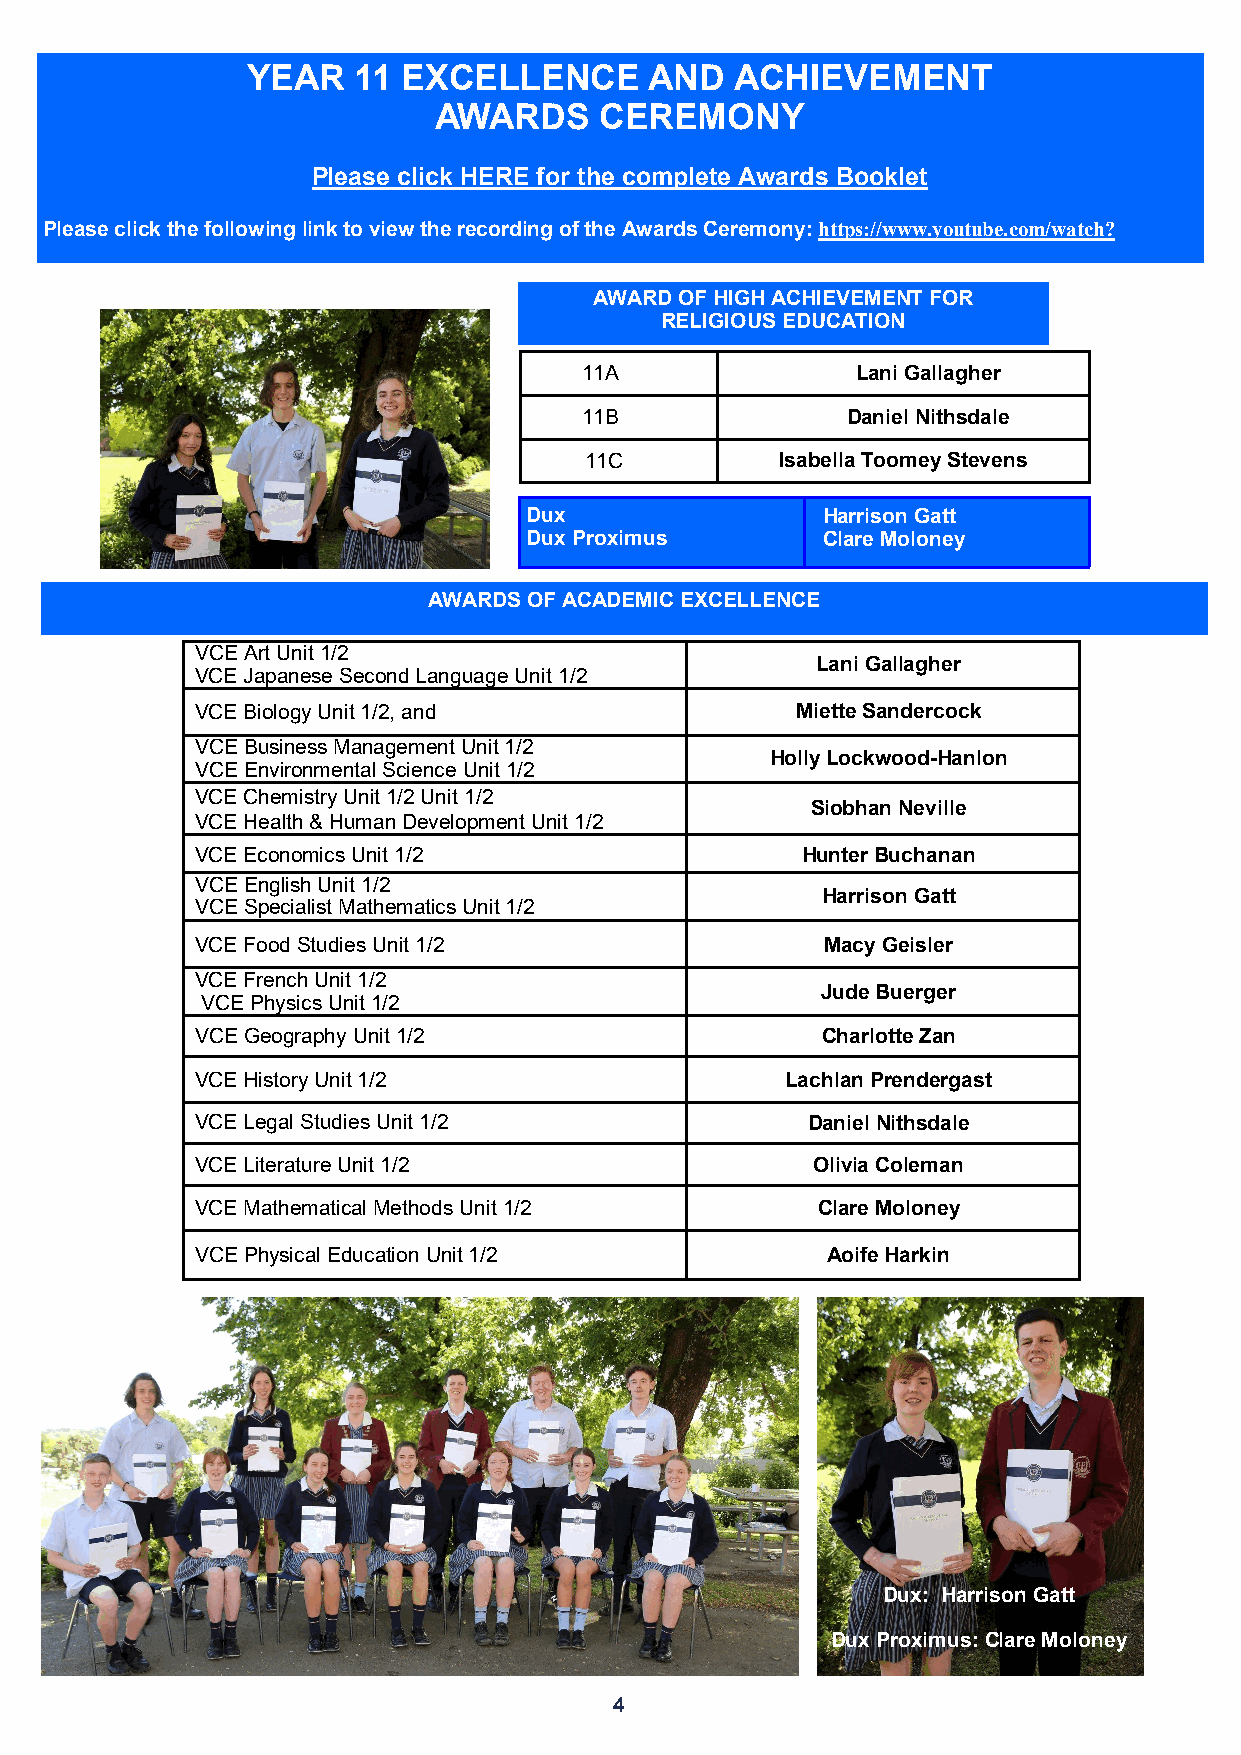
YEAR    11 EXCELLENCE      AND   ACHIEVEMENT
 AWARDS     CEREMONY
 Please click HERE for the complete Awards Booklet
 Please click the following link to view the recording of the Awards Ceremony: https://www.youtube.com/watch?
 AWARD OF HIGH ACHIEVEMENT FOR
 RELIGIOUS EDUCATION
 11A                Lani Gallagher
 11B               Daniel Nithsdale
 11C          Isabella Toomey Stevens
 Dux                Harrison Gatt
 Dux Proximus       Clare Moloney
 AWARDS OF ACADEMIC EXCELLENCE
 VCE Art Unit 1/2
 Lani Gallagher
 VCE Japanese Second Language Unit 1/2
 VCE Biology Unit 1/2, and               Miette Sandercock
 VCE Business Management Unit 1/2
 Holly Lockwood-Hanlon
 VCE Environmental Science Unit 1/2
 VCE Chemistry Unit 1/2 Unit 1/2
 Siobhan Neville
 VCE Health & Human Development Unit 1/2
 VCE Economics Unit 1/2                  Hunter Buchanan
 VCE English Unit 1/2
 Harrison Gatt
 VCE Specialist Mathematics Unit 1/2
 VCE Food Studies Unit 1/2                 Macy Geisler
 VCE French Unit 1/2
 Jude Buerger
 VCE Physics Unit 1/2
 VCE Geography Unit 1/2                   Charlotte Zan
 VCE History Unit 1/2                   Lachlan Prendergast
 VCE Legal Studies Unit 1/2              Daniel Nithsdale
 VCE Literature Unit 1/2                  Olivia Coleman
 VCE Mathematical Methods Unit 1/2        Clare Moloney
 VCE Physical Education Unit 1/2           Aoife Harkin
 Dux: Harrison Gatt
 Dux Proximus: Clare Moloney
 4